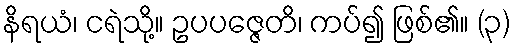
နိရယံ၊ ငရဲသို့။ ဥပပဇ္ဇေတိ၊ ကပ်၍ ဖြစ်၏။ (၃)